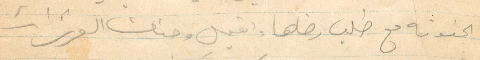
الحنونة مع طلب رضاها واقبل وجنات العزيزات